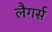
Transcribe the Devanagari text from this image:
लैगर्स